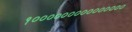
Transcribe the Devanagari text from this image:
१०००००००००००००००